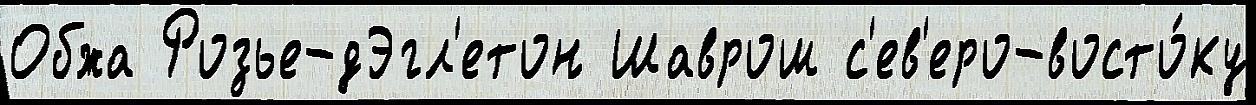
Обжа Розье-дЭгл'етон Шаврош с'ев'еро-восто́ку